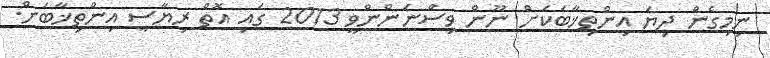
ނިމިގެން ދިޔަ އިންތިޚާބަކަށް ނޫން ވިސްނަންންވީ 2013 ގައި އޮތް ރިޔާސީ އިންތިޚާބަށް.